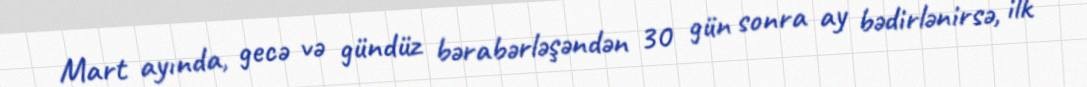
Mart ayında, gecə və gündüz bərabərləşəndən 30 gün sonra ay bədirlənirsə, ilk